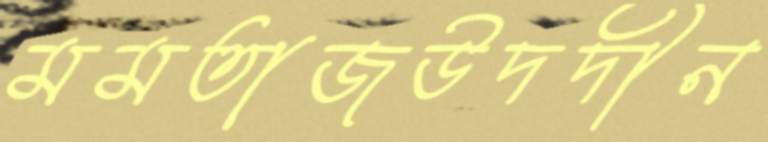
মমতাজউদদীন